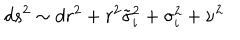
LaTeX: d s ^ { 2 } \sim d r ^ { 2 } + r ^ { 2 } \tilde { \sigma } _ { i } ^ { 2 } + \sigma _ { i } ^ { 2 } + \nu ^ { 2 }